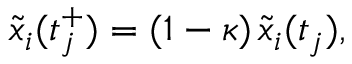
\tilde { x } _ { i } ( t _ { j } ^ { + } ) = ( 1 - \kappa ) \, \tilde { x } _ { i } ( t _ { j } ) ,